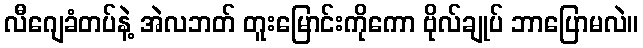
လီဂျေခံတပ်နဲ့ အဲလဘတ် တူးမြောင်းကိုကော ဗိုလ်ချုပ် ဘာပြောမလဲ။